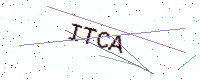
Text: ITCA